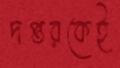
দপ্তরকেই